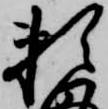
頼